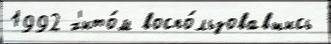
1992 х'ито́м воспо́льзовавшись